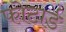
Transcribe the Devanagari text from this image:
फोटार्ड